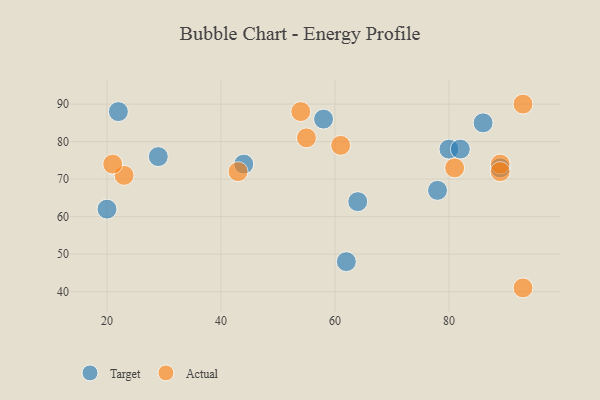
{"axis": {"x": "GDP", "y": "Life Expectancy"}, "legend": ["Actual", "Target"], "data": [{"x": "62", "y": 48, "type": "Target"}, {"x": "78", "y": 67, "type": "Target"}, {"x": "80", "y": 78, "type": "Target"}, {"x": "44", "y": 74, "type": "Target"}, {"x": "64", "y": 64, "type": "Target"}, {"x": "20", "y": 62, "type": "Target"}, {"x": "86", "y": 85, "type": "Target"}, {"x": "58", "y": 86, "type": "Target"}, {"x": "82", "y": 78, "type": "Target"}, {"x": "22", "y": 88, "type": "Target"}, {"x": "29", "y": 76, "type": "Target"}, {"x": "89", "y": 73, "type": "Target"}, {"x": "61", "y": 79, "type": "Actual"}, {"x": "23", "y": 71, "type": "Actual"}, {"x": "89", "y": 74, "type": "Actual"}, {"x": "89", "y": 72, "type": "Actual"}, {"x": "93", "y": 41, "type": "Actual"}, {"x": "54", "y": 88, "type": "Actual"}, {"x": "55", "y": 81, "type": "Actual"}, {"x": "93", "y": 90, "type": "Actual"}, {"x": "81", "y": 73, "type": "Actual"}, {"x": "43", "y": 72, "type": "Actual"}, {"x": "21", "y": 74, "type": "Actual"}]}